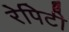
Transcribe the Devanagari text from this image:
रेपिटी